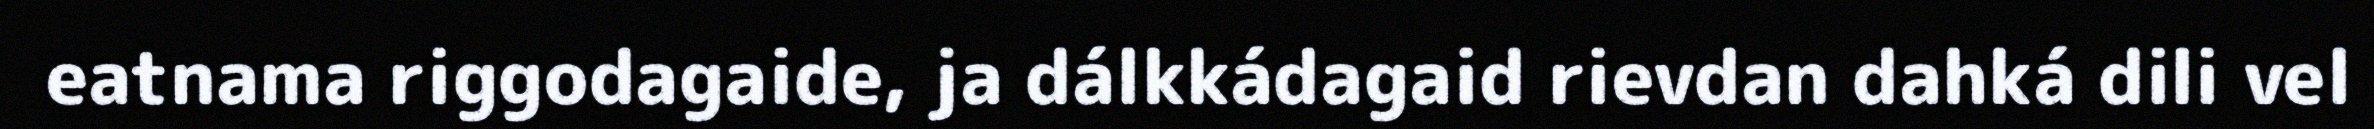
eatnama riggodagaide, ja dálkkádagaid rievdan dahká dili vel